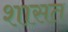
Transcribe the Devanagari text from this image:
शासत